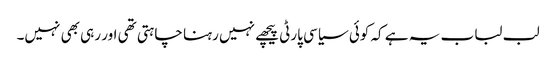
لب لباب یہ ہے کہ کوئی سیاسی پارٹی پیچھے نہیں رہنا چاہتی تھی اور رہی بھی نہیں۔